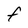
Character: F